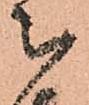
被